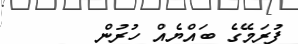
ފުރަމޭގެ ބައްޔެއް ހުރުން